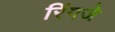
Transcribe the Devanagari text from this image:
रिंगजे